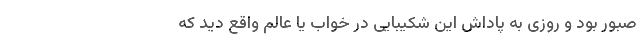
صبور بود و روزی به پاداش این شکیبایی در خواب یا عالَم واقع دید که